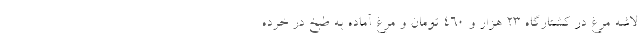
لاشه مرغ در کشتارگاه ۲۳ هزار و ۴۶۰ تومان و مرغ آماده به طبخ در خرده